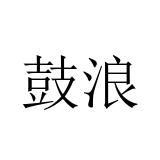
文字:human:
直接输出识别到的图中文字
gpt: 鼓浪